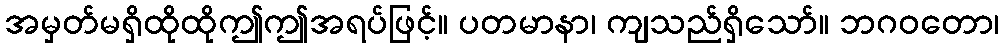
အမှတ်မရှိထိုထိုဤဤအရပ်ဖြင့်။ ပတမာနာ၊ ကျသည်ရှိသော်။ ဘဂဝတော၊